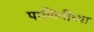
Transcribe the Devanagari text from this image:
पाणिनींच्या